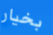
بخيار